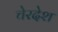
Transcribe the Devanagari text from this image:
चेरदेश